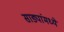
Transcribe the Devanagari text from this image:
साड्यांमध्ये